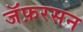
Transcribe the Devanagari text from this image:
जॅफ़रसन